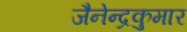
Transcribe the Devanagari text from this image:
जैनेन्द्रकुमार